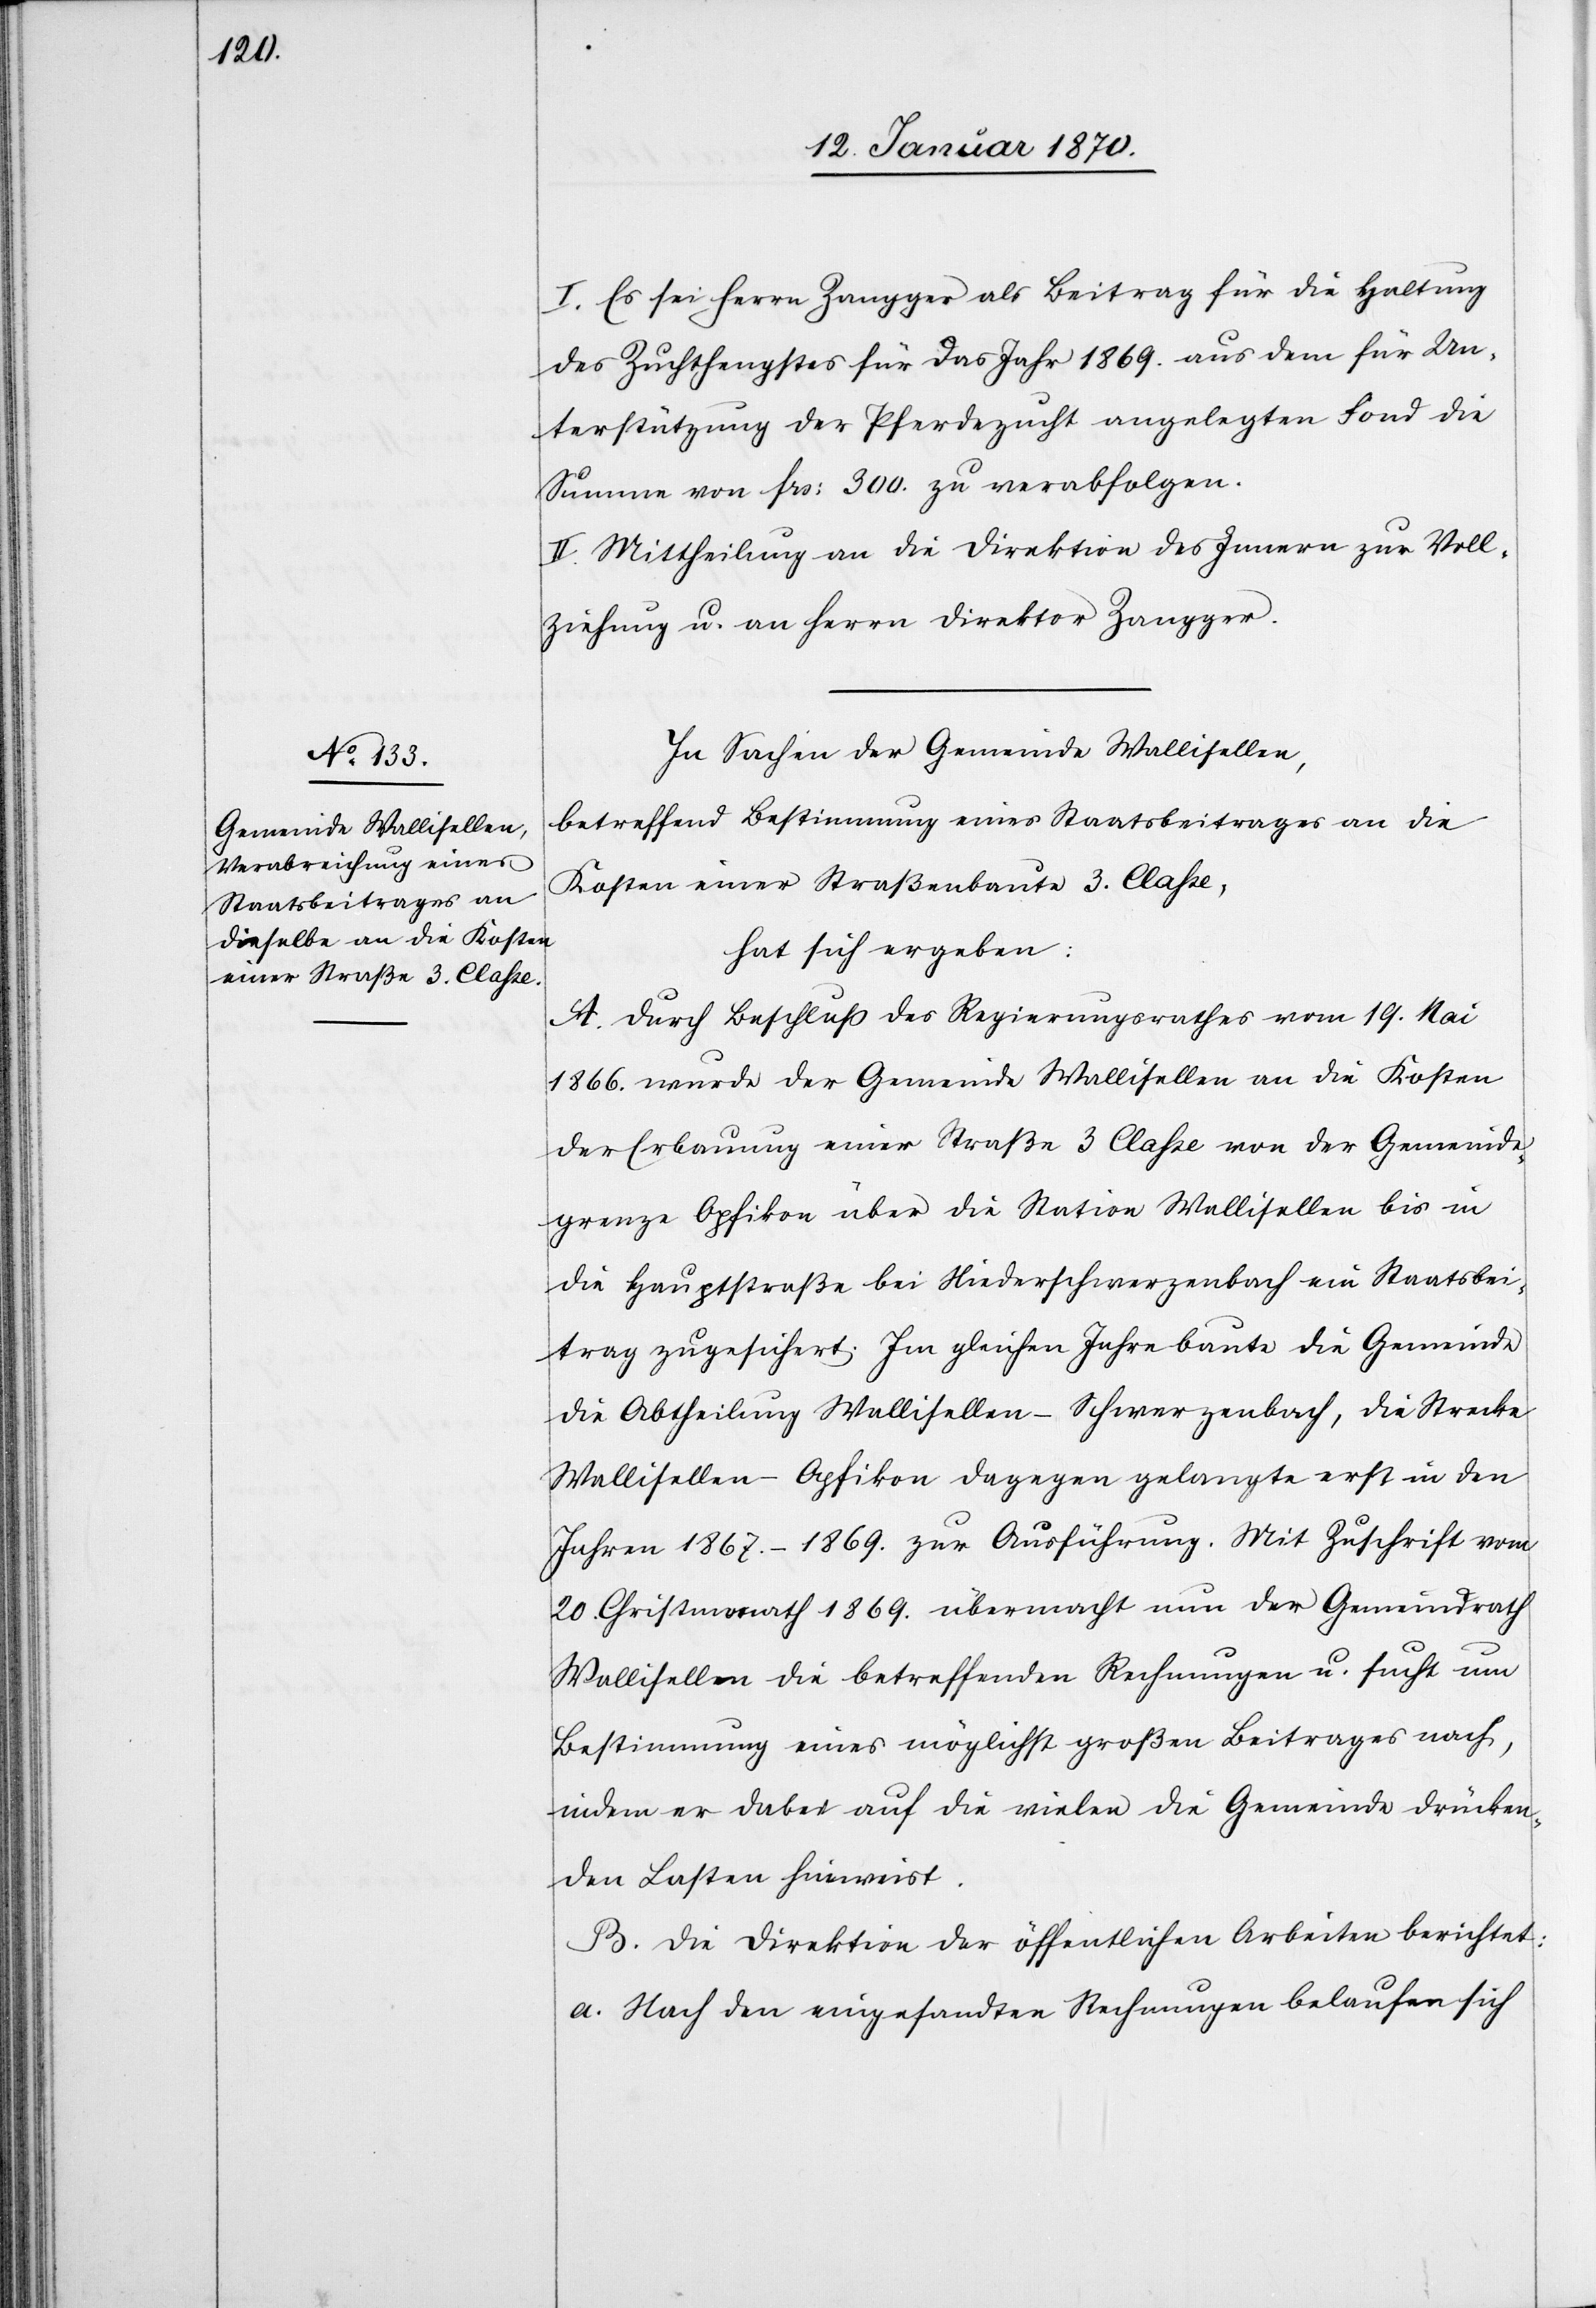
I. Es sei Herrn Zangger als Beitrag für die Haltung
des Zuchthengstes für das Jahr 1869. aus dem für Un¬
terstützung der Pferdezucht angelegten Fond die
Summe von frs. 300. zu verabfolgen.
II. Mittheilung an die Direktion des Innern zur Voll¬
ziehung u. an den Herrn Direktor Zangger.
In Sachen der Gemeinde Wallisellen,
betreffend Bestimmung eines Staatsbeitrages an die
Kosten einer Straßenbaute 3. Classe,
hat sich ergeben:
A. Durch Beschluß des Regierungsrathes vom 19. Mai
1866. wurde der Gemeinde Wallisellen an die Kosten
der Erbauung einer Straße 3 Classe von der Gemeinde¬
grenze Opfikon über die Station Wallisellen bis in
die Hauptstraße bei Niederschwerzenbach ein Staatsbei¬
trag zugesichert. Im gleichen Jahre baute die Gemeinde
die Abtheilung Wallisellen–Schwerzenbach, die Strecke
Wallisellen–Opfikon dagegen gelangte erst in den
Jahren 1867.–1869. zur Ausführung. Mit Zuschrift vom
20. Christmonath 1869. übermacht nun der Gemeindrath
Wallisellen die betreffenden Rechnungen u. sucht um
Bestimmung eines möglichst großen Beitrages nach,
indem er dabei auf die vielen die Gemeinde drücken¬
den Lasten hinweist.
B. Die Direktion der öffentliche Arbeiten berichtet:
a. Nach den eingesandten Rechnungen belaufen sich